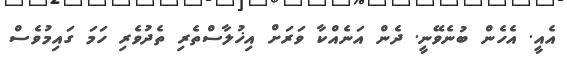
އެއީ. އެހެން ބުނެވޭނީ. ދެން އަނެއްކާ ވަރަށް އިޚުލާސްތެރި ތެދުވެރި ހަމަ ގައިމުވެސް